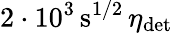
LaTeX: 2\cdot 10^{3}\, \mathrm{s}^{1/2}\, \eta_{\mathrm{det}}